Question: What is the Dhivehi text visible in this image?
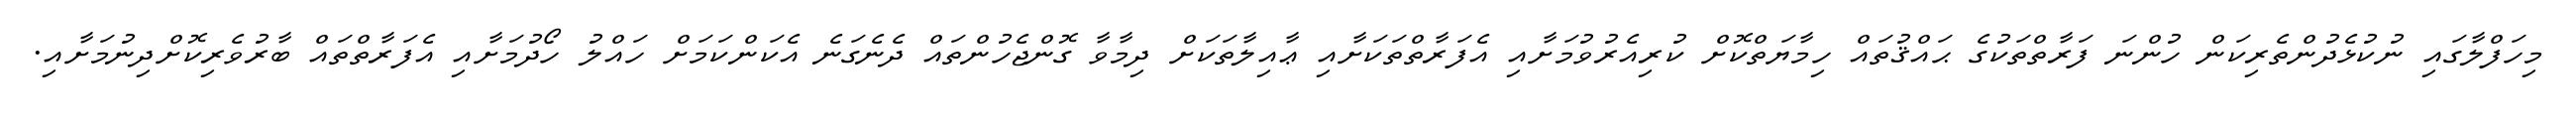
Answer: މިހަފްލާގައި ނުކުޅެދުންތެރިކަން ހުންނަ ފަރާތްތަކުގެ ޙައްޤުތައް ހިމާޔަތްކޮށް ކުރިއެރުވުމަށާއި އެފަރާތްތަކަށާއި ޢާއިލާތަކަށް ދިމާވާ ގޮންޖެހުންތައް ދެނެގަނެ އެކަންކަމަށް ހައްލު ހޯދުމަށާއި އެފަރާތްތައް ބާރުވެރިކޮށްދިނުމަށާއި.